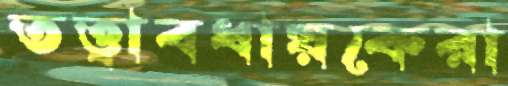
তত্ত্বাবধায়কেরা